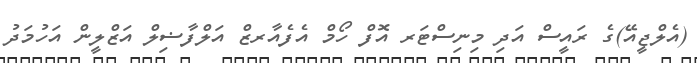
(އެލްޖީއޭ)ގެ ރައީސް އަދި މިނިސްޓަރ އޮފް ހޯމް އެފެއާރޒް އަލްފާޟިލް އަޒްލީން އަހުމަދު